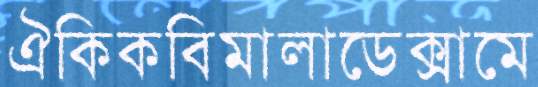
ঐকিকবিমালাডেক্সামে